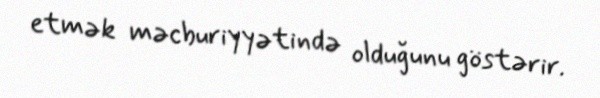
etmək məcburiyyətində olduğunu göstərir.